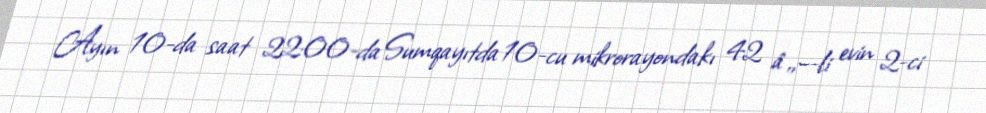
Ayın 10-da saat 22:00-da Sumqayıtda 10-cu mikrorayondakı 42 â„–-li evin 2-ci